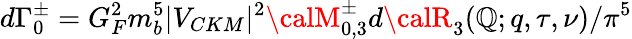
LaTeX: d{\Gamma}_{0}^{\pm}=G_{F}^{2}m_{b}^{5}|V_{CKM}|^{2}{\calM}_{0,3}^{\pm}d{\calR}_{3}(\mathbb{Q};q,\tau,\nu)/{\pi}^{5}